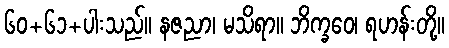
၆၀+၆၁+ပါးသည်။ နဇညာ၊ မသိရာ။ ဘိက္ခဝေ၊ ရဟန်းတို့။